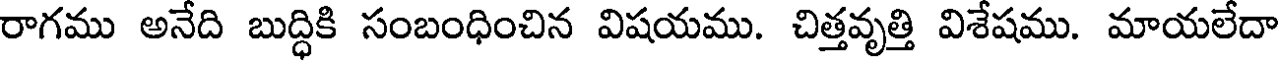
రాగము అనేది బుద్ధికి సంబంధించిన విషయము. చిత్తవృత్తి విశేషము. మాయలేదా